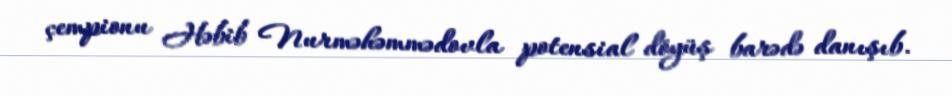
çempionu Həbib Nurməhəmmədovla potensial döyüş barədə danışıb.